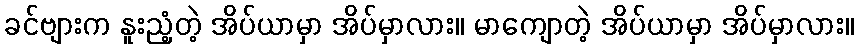
ခင်ဗျားက နူးညံ့တဲ့ အိပ်ယာမှာ အိပ်မှာလား။ မာကျောတဲ့ အိပ်ယာမှာ အိပ်မှာလား။